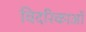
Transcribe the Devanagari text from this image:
विदरिकाओं